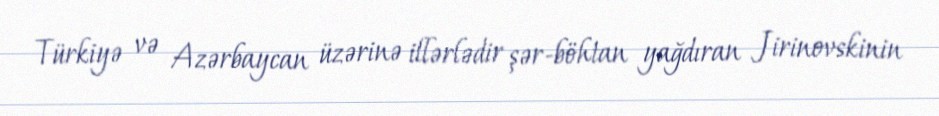
Türkiyə və Azərbaycan üzərinə illərlədir şər-böhtan yağdıran Jirinovskinin